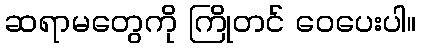
ဆရာမတွေကို ကြိုတင် ဝေပေးပါ။